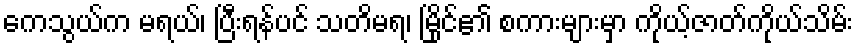
ကေသွယ်က မရယ်၊ ပြီးရန်ပင် သတိမရ၊ မြိုင်၏ စကားများမှာ ကိုယ့်ဇာတ်ကိုယ်သိမ်း